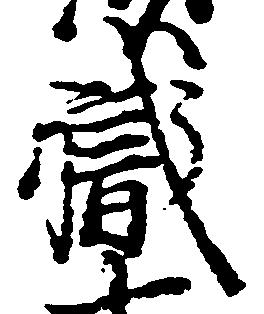
職